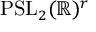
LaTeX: \mathrm { P S L } _ { 2 } ( \mathbb { R } ) ^ { r }